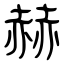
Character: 赫